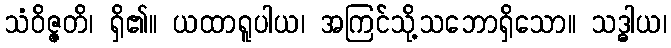
သံဝိဇ္ဇတိ၊ ရှိ၏။ ယထာရူပါယ၊ အကြင်သို့သဘောရှိသော။ သဒ္ဓါယ၊